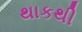
થાકથી